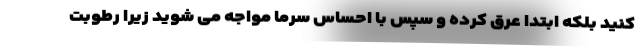
کنید بلکه ابتدا عرق کرده و سپس با احساس سرما مواجه می شوید زیرا رطوبت